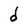
Character: d